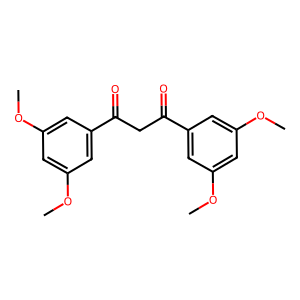
SMILES: COc1cc(OC)cc(C(=O)CC(=O)c2cc(OC)cc(OC)c2)c1
Inhibits HIV replication: No